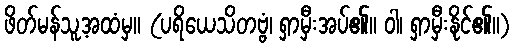
ဖိတ်မန်သူ့အထံမှ။ (ပရိယေသိတဗ္ဗံ၊ ရှာမှီးအပ်၏။ ဝါ၊ ရှာမှီးနိုင်၏။)